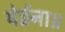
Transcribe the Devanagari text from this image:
येईना॥